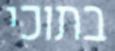
בתוכי